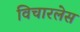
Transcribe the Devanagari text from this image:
विचारलेस